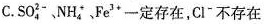
C.\mathrm{SO}_{4}^{2-}、\mathrm{NH}_{4}^{+}、\mathrm{Fe}^{3+}一定存在，\mathrm{Cl}^{-}不存在